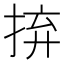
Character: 𢬵